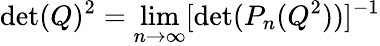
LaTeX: \operatorname*{det}(Q)^{2}=\operatorname*{lim}_{n\rightarrow\infty}[\operatorname*{det}(P_{n}(Q^{2}))]^{-1}